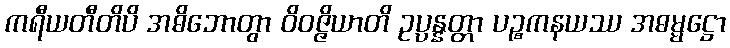
ကရီယတီတိပိ အဓိဘောတွာ ဝိဝဇ္ဇိယာတိ ဥပ္ပန္နတ္တာ ပဉ္စကနယဿ အဓမ္မဋ္ဌော